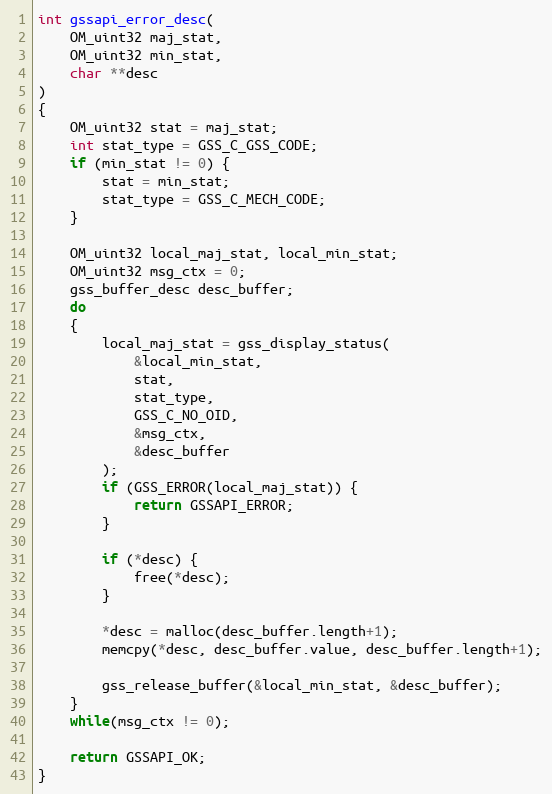
Language: C
int gssapi_error_desc(
    OM_uint32 maj_stat,
    OM_uint32 min_stat,
    char **desc
)
{
    OM_uint32 stat = maj_stat;
    int stat_type = GSS_C_GSS_CODE;
    if (min_stat != 0) {
        stat = min_stat;
        stat_type = GSS_C_MECH_CODE;
    }

    OM_uint32 local_maj_stat, local_min_stat;
    OM_uint32 msg_ctx = 0;
    gss_buffer_desc desc_buffer;
    do
    {
        local_maj_stat = gss_display_status(
            &local_min_stat,
            stat,
            stat_type,
            GSS_C_NO_OID,
            &msg_ctx,
            &desc_buffer
        );
        if (GSS_ERROR(local_maj_stat)) {
            return GSSAPI_ERROR;
        }

        if (*desc) {
            free(*desc);
        }

        *desc = malloc(desc_buffer.length+1);
        memcpy(*desc, desc_buffer.value, desc_buffer.length+1);

        gss_release_buffer(&local_min_stat, &desc_buffer);
    }
    while(msg_ctx != 0);

    return GSSAPI_OK;
}